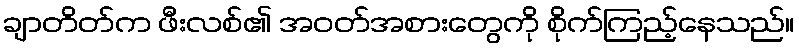
ချာတိတ်က ဖီးလစ်၏ အဝတ်အစားတွေကို စိုက်ကြည့်နေသည်။